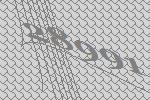
28991